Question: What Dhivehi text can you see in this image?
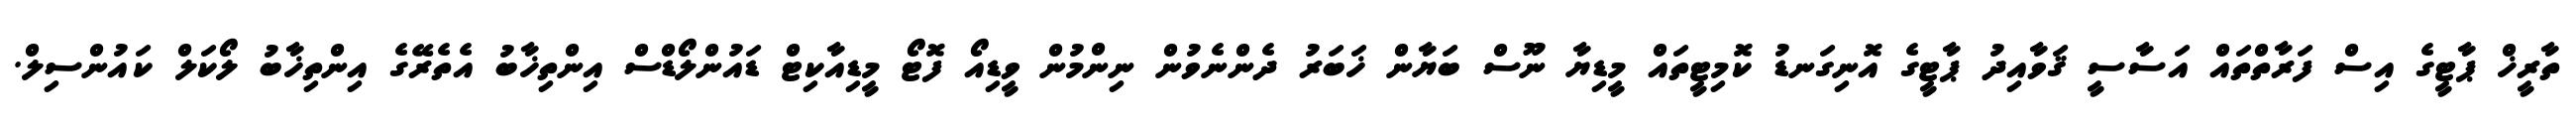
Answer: ތާރީޚް ޕާޓީގެ އިސް ފަރާތްތައް އަސާސީ ޤަވާއިދު ޕާޓީގެ އޮނިގަނޑު ކޮމިޓީތައް މީޑިޔާ ނޫސް ބަޔާން ޚަބަރު ދެންނެވުން ނިންމުން ވީޑިއޯ ފޮޓޯ މީޑިއާކިޓް ޑައުންލޯޑްސް އިންތިޚާބު އެތެރޭގެ އިންތިޚާބު ލޯކަލް ކައުންސިލް.